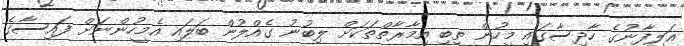
އަލިފާނުގެ ހާދިސާގައި މީހުން ތިބި އިމާރާތްތަކަށް ލިބުނު ގެއްލުން ބަލައި އެމީހުންނަށް ފައިސާގެ